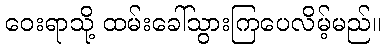
ဝေးရာသို့ ထမ်းခေါ်သွားကြပေလိမ့်မည်။